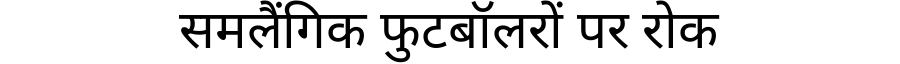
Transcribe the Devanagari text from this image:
समलैंगिक फुटबॉलरों पर रोक